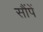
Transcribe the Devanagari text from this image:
सौंपें